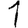
Digit: 1